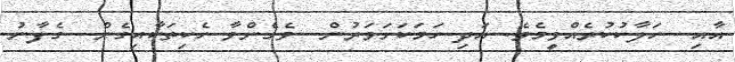
އާއި  ހަލާކުކުރެއްވީމެވެ. އަދި ހަމަކަށަވަރުން  ވެގެންވާ ހެކިތަކާއިގެން  ގެފާނު